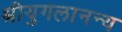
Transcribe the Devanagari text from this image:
श्रीयुगलानन्य